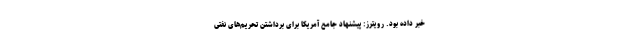
خبر داده بود. رویترز: پیشنهاد جامع آمریکا برای برداشتن تحریم‌های نفتی